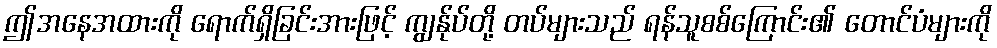
ဤအနေအထားကို ရောက်ရှိခြင်းအားဖြင့် ကျွန်ုပ်တို့ တပ်များသည် ရန်သူစစ်ကြောင်း၏ တောင်ပံများကို